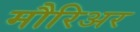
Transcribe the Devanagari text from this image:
मौरिअर